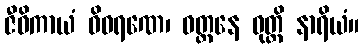
ဇီဝိကာယံ ဝိဝရဏေ၊ ဝတ္တနေ ဝုတ္တိ နာရိယံ။